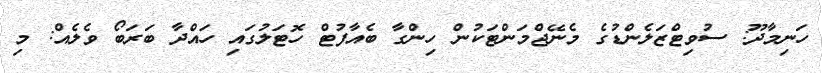
ހަނިމާދޫ: ސުވިޓްޒަލެންޑުގެ މެނޭޖްމަންޓަކުން ހިންގާ ބެއާފުޓް ހޮޓަލުގައި ހައްދާ ބަރަބޯ ވެލެއް: މި